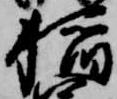
稲